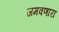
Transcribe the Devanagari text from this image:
जमवणारा